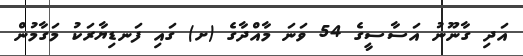
އަދި ގާނޫނު އަސާސީގެ 54 ވަނަަ މާއްދާގެ (ށ) ގައި ފަނޑިޔާރަކު މަގާމުން